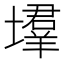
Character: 𡑳